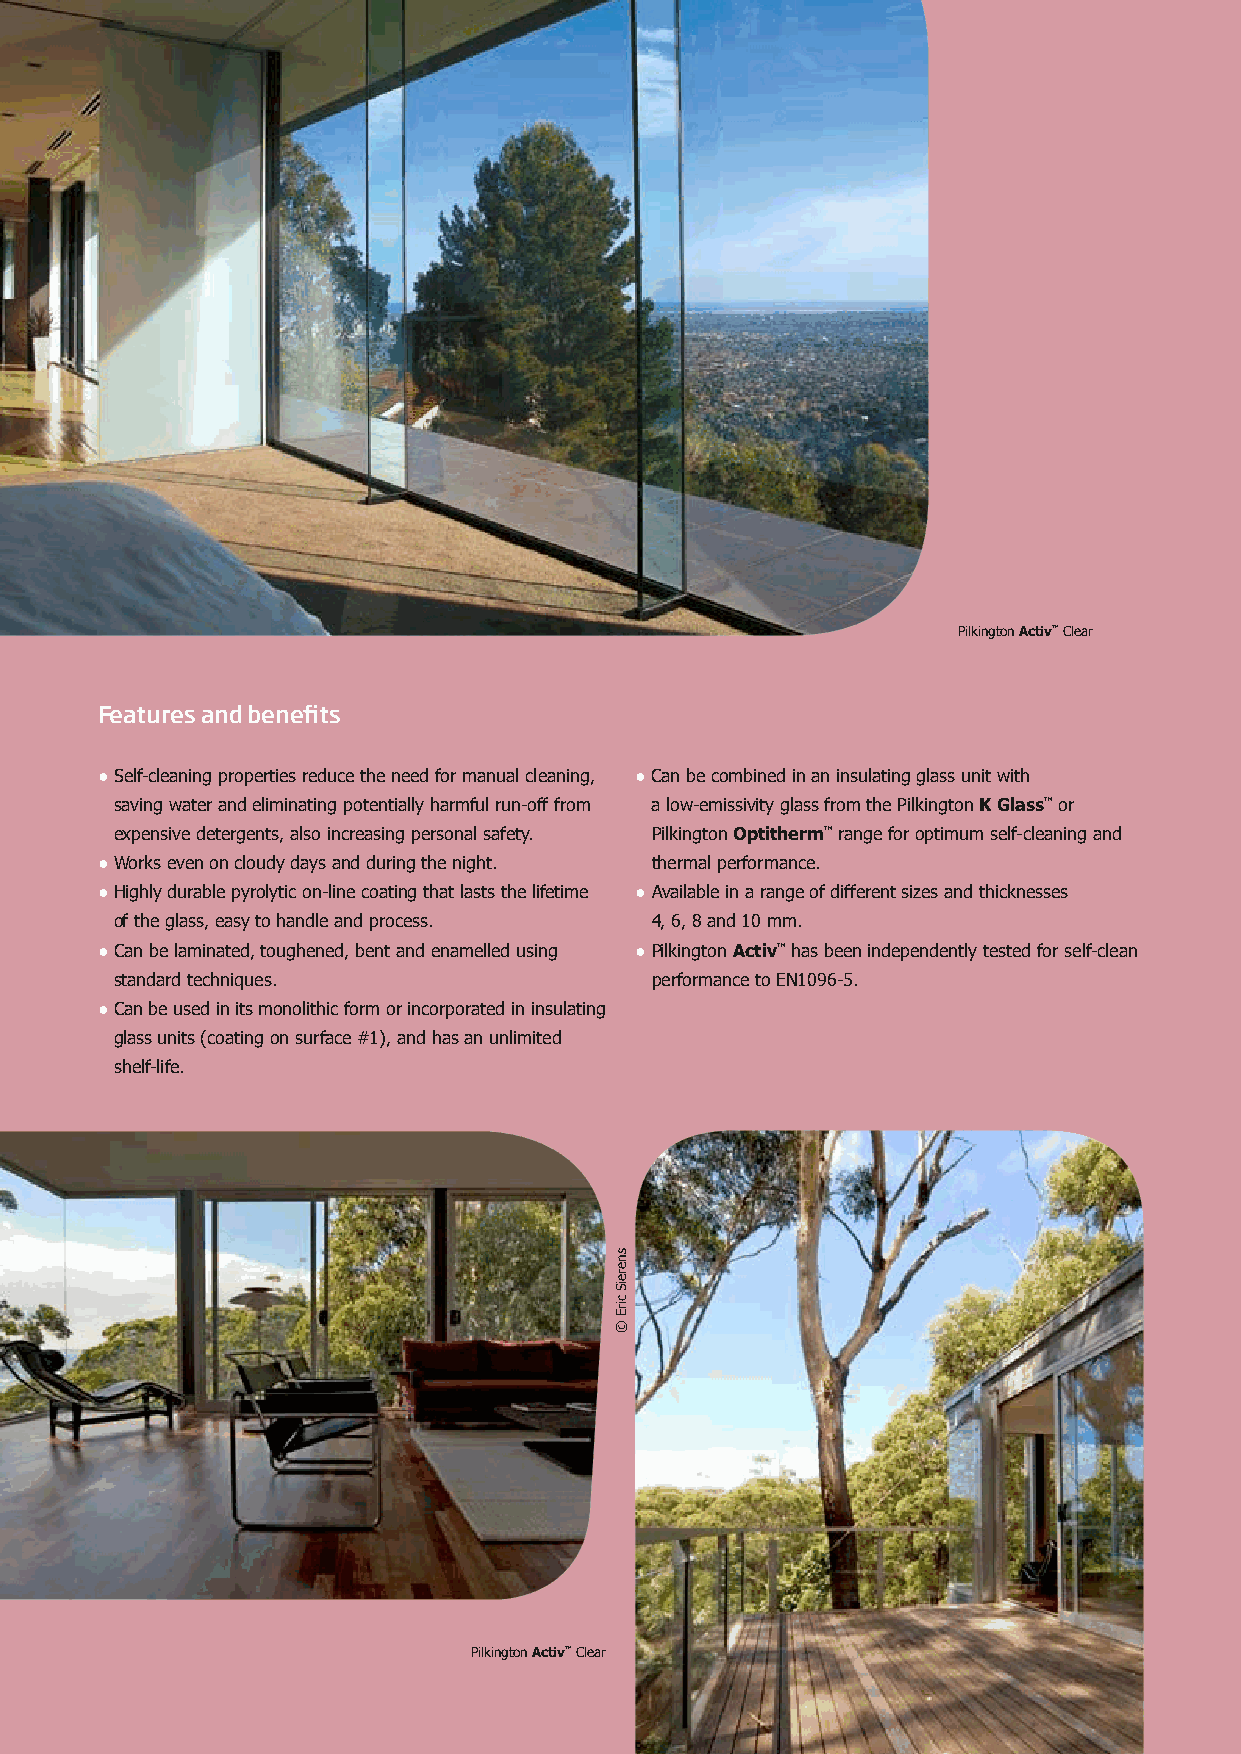
Pilkington Activ™ Clear
 Features and benefits
 ● S elf-cleaning properties reduce the need for manual cleaning, ● C an be combined in an insulating glass unit with
 saving water and eliminating potentially harmful run-off from a low-emissivity glass from the Pilkington K Glass™ or
 expensive detergents, also increasing personal safety. Pilkington Optitherm™ range for optimum self-cleaning and
 ● W orks even on cloudy days and during the night. thermal performance.
 ● H ighly durable pyrolytic on-line coating that lasts the lifetime ● A vailable in a range of different sizes and thicknesses
 of the glass, easy to handle and process. 4, 6, 8 and 10 mm.
 ● C an be laminated, toughened, bent and enamelled using ● P ilkington Activ™ has been independently tested for self-clean
 standard techniques.               performance to EN1096-5.
 ● C an be used in its monolithic form or incorporated in insulating
 glass units (coating on surface #1), and has an unlimited
 shelf-life.
 Pilkington Activ™ Clear
 snereiS
 cirE
 ©